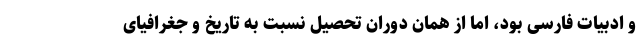
و ادبیات فارسی بود، اما از همان دوران تحصیل نسبت به تاریخ و جغرافیای